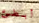
أبطئ